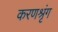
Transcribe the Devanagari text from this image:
करणश्रृंग